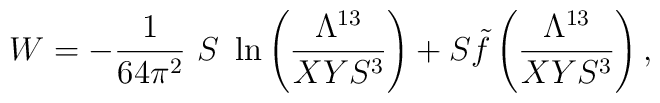
W = - {1 \over {64\pi^2}}       \ S \ \ln \left( {{\Lambda^{13}} \over {XYS^3}} \right)     + S {\tilde f} \left( {{\Lambda^{13}} \over {XYS^3}} \right),